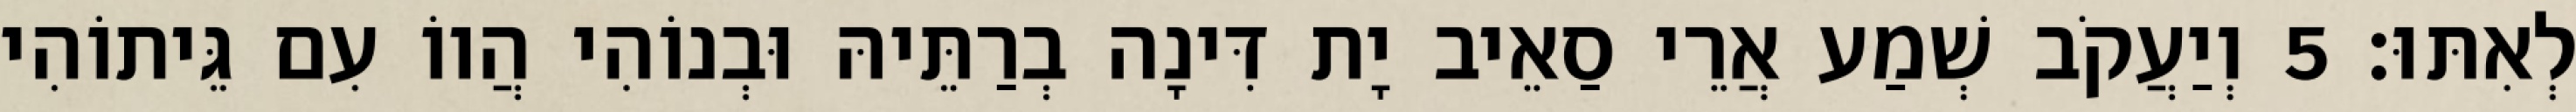
לְאִתּוּ׃ 5 וְיַעֲקֹב שְׁמַע אֲרֵי סַאֵיב יָת דִּינָה בְרַתֵּיהּ וּבְנוֹהִי הֲווֹ עִם גֵּיתוֹהִי